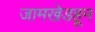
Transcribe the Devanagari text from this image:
जामखेडहून